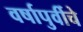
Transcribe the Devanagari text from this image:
वर्षापुर्वीचे